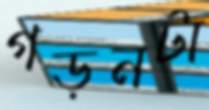
গড়নটা